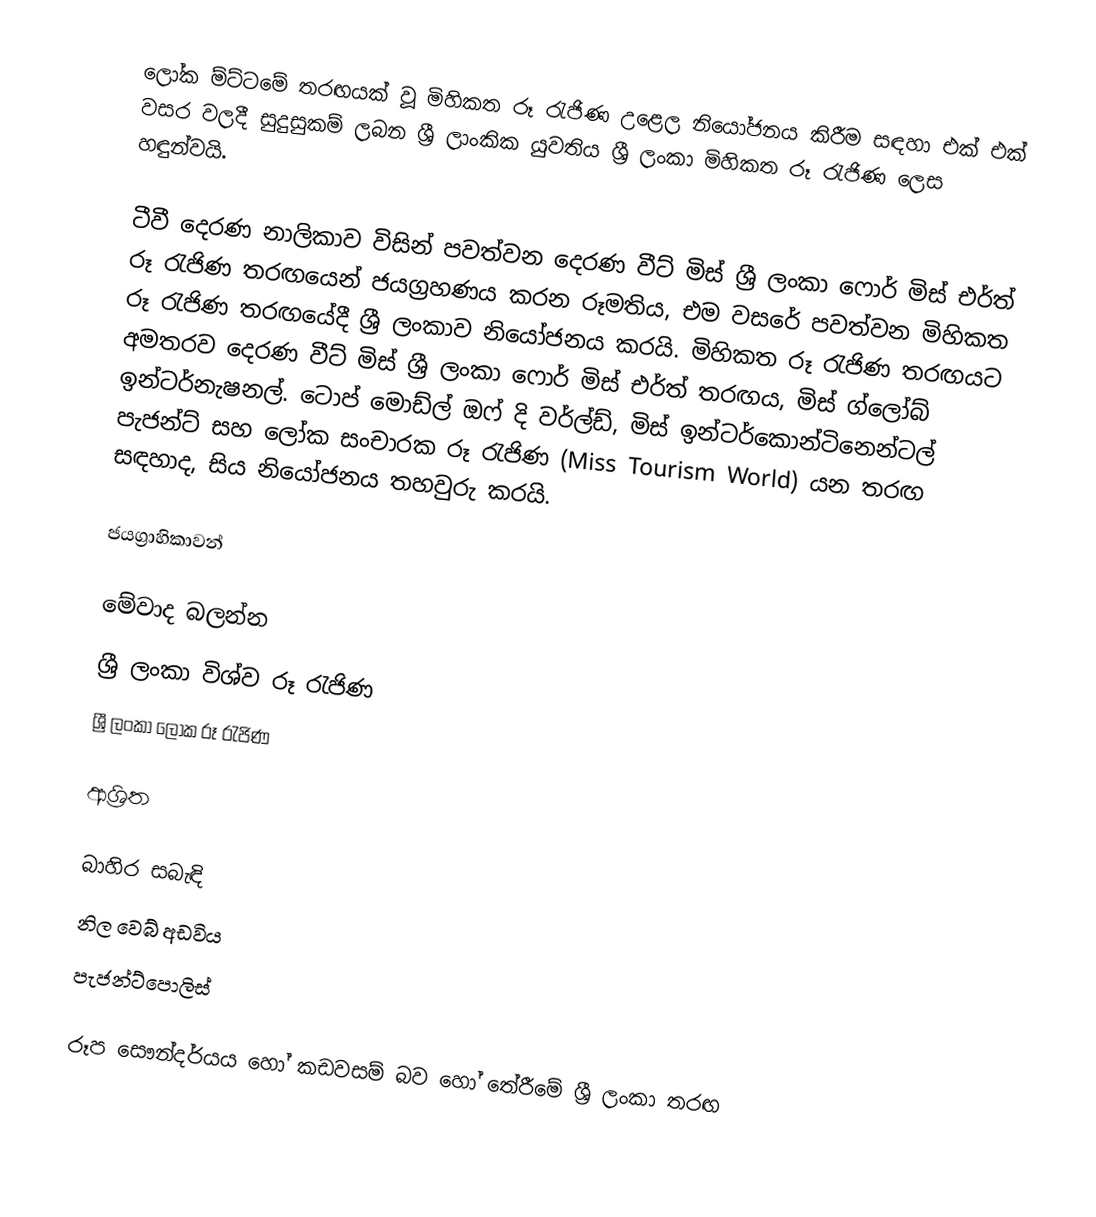
ලෝක ම්ට්ටමේ තරඟයක් වූ මිහිකත රූ රැජිණ උළෙල නියෝජනය කිරීම සඳහා එක් එක් වසර වලදී සුදුසුකම් ලබන ශ්‍රී ලාංකික යුවතිය ශ්‍රී ලංකා මිහිකත රූ රැජිණ ලෙස හඳුන්වයි.

ටීවී දෙරණ නාලිකාව විසින් පවත්වන දෙරණ වීට් මිස් ශ්‍රී ලංකා ෆොර් මිස් එර්ත් රූ රැජිණ තරඟයෙන් ජයග්‍රහණය කරන රූමතිය, එම වසරේ පවත්වන මිහිකත රූ රැජිණ තරඟයේදී ශ්‍රී ලංකාව නියෝජනය කරයි. මිහිකත රූ රැජිණ තරඟයට අමතරව දෙරණ වීට් මිස් ශ්‍රී ලංකා ෆොර් මිස් එර්ත් තරඟය, මිස් ග්ලෝබ් ඉන්ටර්නැෂනල්. ටොප් මොඩ්ල් ඔෆ් දි වර්ල්ඩ්, මිස් ඉන්ටර්කොන්ටිනෙන්ටල් පැජන්ට් සහ ලෝක සංචාරක රූ රැජිණ (Miss Tourism World) යන තරඟ සඳහාද, සිය නියෝජනය තහවුරු කරයි.

ජයග්‍රාහිකාවන්

මේවාද බලන්න
ශ්‍රී ලංකා විශ්ව රූ රැජිණ
ශ්‍රී ලංකා ලෝක රූ රැජිණ

ආශ්‍රිත

බාහිර සබැඳි
 නිල වෙබ් අඩවිය
 පැජන්ට්පොලිස්

රූප සෞන්දර්යය හෝ කඩවසම් බව හෝ තේරීමේ ශ්‍රී ලංකා තරඟ